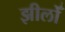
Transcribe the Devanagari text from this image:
झीलोँ